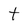
Character: t